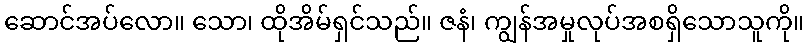
ဆောင်အပ်လော။ သော၊ ထိုအိမ်ရှင်သည်။ ဇနံ၊ ကျွန်အမှုလုပ်အစရှိသောသူကို။